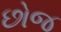
છોજ